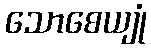
သောစေယျုံ